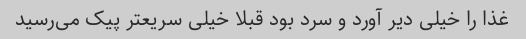
غذا را خیلی دیر آورد و سرد بود‌ قبلا خیلی سریعتر پیک می‌رسید